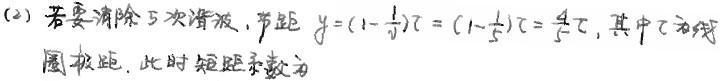
(2) 若要消除 5 次谐波，节距 $y=(1 - \frac{1}{v})\tau=(1 - \frac{1}{5})\tau=\frac{4}{5}\tau$，其中 $\tau$ 为线圈极距，此时短距系数为